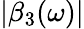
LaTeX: |\beta_{3}(\omega)|